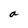
Character: a